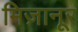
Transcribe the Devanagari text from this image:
मिज़ानूर